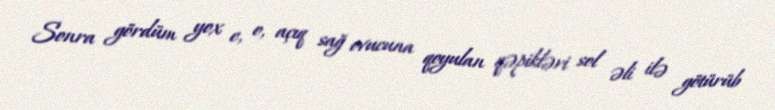
Sonra gördüm yox e, o, açıq sağ ovucuna qoyulan qəpikləri sol əli ilə götürüb